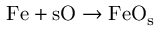
\mathrm { F e + s O \to F e O _ { s } }